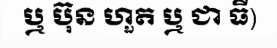
ឬ ប៊ុន ហួត ឬ ជា ធី)